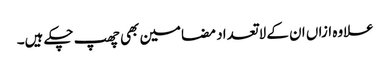
علاوہ ازاں ان کے لاتعداد مضامین بھی چھپ چکے ہیں۔